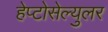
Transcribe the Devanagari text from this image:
हेप्टोसेल्युलर